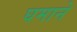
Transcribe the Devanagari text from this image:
घमाने